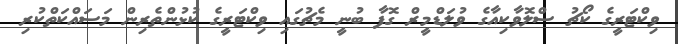
ވިކްޓަރީގެ ކޯޗު ސްލޮވާކިއާގެ ވުލަޑްމީރް ގޮފާ ބުނީ މެޗުގައި ވިކްޓަރީގެ ކުޅުންތެރިން މަސައްކަތްކުރި